Civil Veterinary Department Bihar & Orissa reports 1922-29 - 1922-1929
Year: 1922
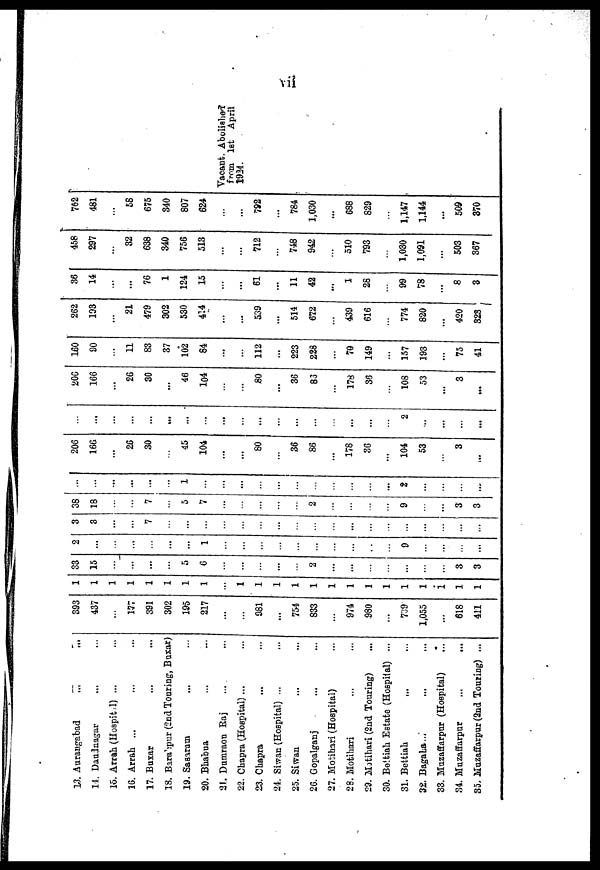
13. Aurangabad
...
...
14. Daudnagar
16. Arrah(Hospital) ...
16. Arrah ...
17. Buxar
18. Barahpur (2nd Touring, Buxar)
19. Sasaram
20. Bhabua
21. Dumraon Raj
22. Chapra (Hospital) ...
23. Chapra
24. Siwan (Hospital) ...
25. Siwan.
26. Gopalganj
27. Motihari (Hospital)
28. Motihari
29. Motihari (2nd Touring)
30. Bettiah Estate (Hospital) ...
31. Bettiah
32. Bagaha...
33. Muzaffarpur (Hospital)
34. Muzaffarpur
35. Muzaffarpur (2nd Touring) ...
393
437
...
177
391
302
135
217
...
981
...
754
833
...
974
980
...
739
1.055
618
411
1
1
1
1
1
1
1
1
1
1
1
1
1
1
1
1
1
1
1
i
1
1
33
15
...
5
6
2
...
3
3
2
...
...
...
...
1
9
3
3
...
7
...
...
...
38
18
7
5
7
2
9
3
...
...
...
1
...
...
...
2
3 ...
200
16G
...
20
30
45
104
...
80
...
...
...
...
...
...
...
... | ...
36
86
...
178
36
...
104
53
3
...
...
...
2
...
...
...
20C
166
...
26
30
...
46
104
80
...
36
83
178
36
108
53
...
3
... | ... | ...
160
90
11
83
37
102
84
...
112
...
223
228
...
70
149
...
157
193
...
75
41
262
193
...
21
479
302
530
474
...
539
...
514
672
439
616
774
820
...
420
323
36
14
...
76
1
124
15
...
61
...
11
42
...
1
28
99
78
...
8
3
458
297
32
638
340
756
513
...
712
748
942
510
793
1,030
1,091
503
367
762
481
58
675
340
807
624
792
...
784
1,030
...
688
829
1,147
1,144
...
509
870
-
Vacant. Abolished
from 1st April
1934.